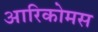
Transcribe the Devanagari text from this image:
आरिकोमस